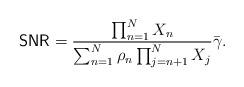
LaTeX: \begin{align*}{\sf{SNR}}=\frac{\prod_{n=1}^{N}X_{n}}{\sum_{n=1}^{N}\rho_{n}\prod_{j=n+1}^{N}X_{j}}\bar{\gamma}. \end{align*}